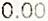
0.00